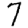
Digit: 7